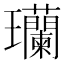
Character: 𬎟